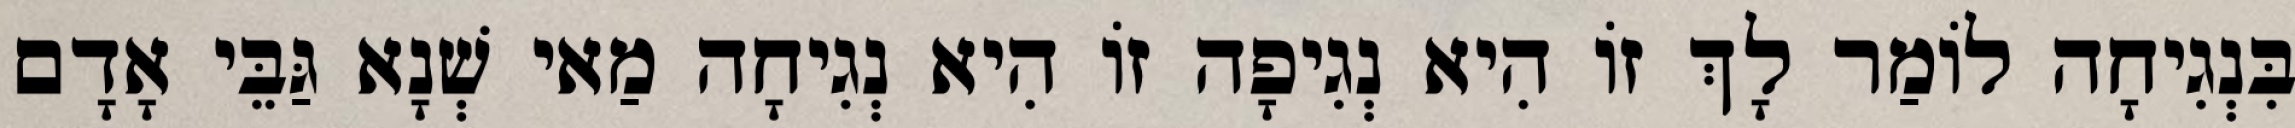
בִּנְגִיחָה לוֹמַר לָךְ זוֹ הִיא נְגִיפָה זוֹ הִיא נְגִיחָה מַאי שְׁנָא גַּבֵּי אָדָם